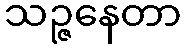
သဉ္ဇနေတာ